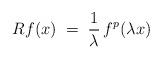
LaTeX: \begin{align*}Rf(x)\;=\;\frac{1}{\lambda}\,f^p(\lambda x)\end{align*}